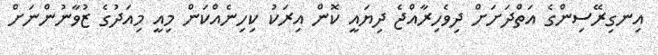
އިނގިރޭސިންގެ އަތްދަށަށް ދިވެހިރާއްޖެ ދިޔައީ ކޮން އިރަކު ކިހިނެއްކަން މިއީ މިއަދުގެ ޒުވާނުންނަށް